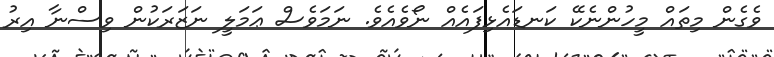
ވެގެން މިތައް މީހުންނެކޭ ކަނޑައެޅިފައެއް ނޯވެއެވެ. ނަމަވެސް ޢަމަލީ ނަޒަރަކުން ވިސްނާ އިރު